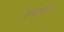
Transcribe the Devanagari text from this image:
सम्मुदायों